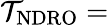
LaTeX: \mathcal{T}_{\mathrm{{NDRO}}}=